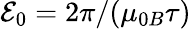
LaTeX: {\mathcal{E}_{0}}=2\pi/({{\mu}_{0B}}{{\tau}})